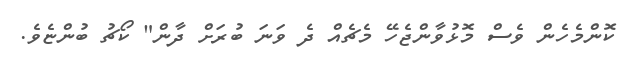
ކޮންމެހެން ވެސް މޮޅުވާންޖެހޭ މެޗެއް ދެ ވަނަ ބުރަށް ދާން" ކޯޗު ބުންޏެވެ.